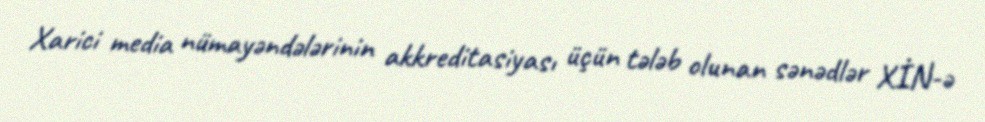
Xarici media nümayəndələrinin akkreditasiyası üçün tələb olunan sənədlər XİN-ə